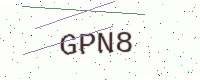
Text: GPN8